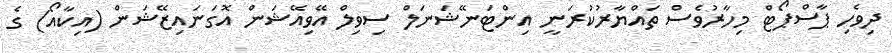
ދިވެހި ޕާސްޕޯޓް މިހާރުވެސް ތައްޔާރުކުރަނީ އިންޓަނޭޝަނަލް ސިވިލް އޭވިއޭޝަން އޮގަނައިޒޭޝަން (އިކާއޯ) ގެ